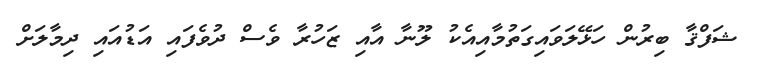
ޝަފްޤާ ބިރުން ހަޅޭލަވައިގަތުމާއިއެކު ލޫނާ އާއި ޒަހުރާ ވެސް ދުވެފައި އަޑުއައި ދިމާލަށް